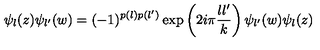
\psi _ { l } ( z ) \psi _ { l ^ { \prime } } ( w ) = ( - 1 ) ^ { p ( l ) p ( l ^ { \prime } ) } \exp \left( 2 i \pi { \frac { l l ^ { \prime } } { k } } \right) \psi _ { l ^ { \prime } } ( w ) \psi _ { l } ( z )